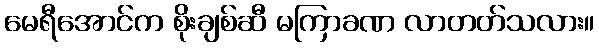
မေရီအောင်က စိုးချစ်ဆီ မကြာခဏ လာတတ်သလား။